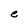
Character: e